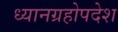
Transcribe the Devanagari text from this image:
ध्यानग्रहोपदेश